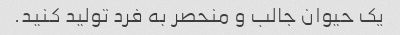
یک حیوان جالب و منحصر به فرد تولید کنید.